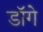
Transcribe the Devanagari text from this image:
डॉगे